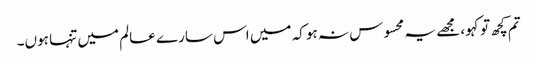
تم کچھ تو کہو، مجھے یہ محسوس نہ ہو کہ میں اس سارے عالم میں تنہا ہوں۔